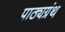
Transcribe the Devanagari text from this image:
पाठ्यग्रंथ